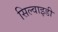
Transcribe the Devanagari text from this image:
सिल्वाइडी